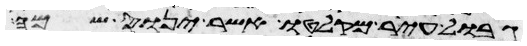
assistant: גבול עיר מקלטו אשר ינוס שמה